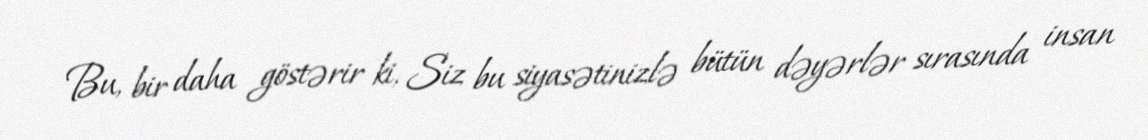
Bu, bir daha göstərir ki, Siz bu siyasətinizlə bütün dəyərlər sırasında insan